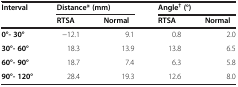
<table><thead><tr><td rowspan="2"><b>Interval</b></td><td colspan="2"><b>Distance* (mm)</b></td><td colspan="2"><b>Angle<sup>†</sup>(°)</b></td></tr><tr><td><b>RTSA</b></td><td><b>Normal</b></td><td><b>RTSA</b></td><td><b>Normal</b></td></tr></thead><tbody><tr><td><b>0°- 30°</b></td><td>−12.1</td><td>9.1</td><td>0.8</td><td>2.0</td></tr><tr><td><b>30°- 60°</b></td><td>18.3</td><td>13.9</td><td>13.8</td><td>6.5</td></tr><tr><td><b>60°- 90°</b></td><td>18.7</td><td>7.4</td><td>6.3</td><td>5.8</td></tr><tr><td><b>90°- 120°</b></td><td>28.4</td><td>19.3</td><td>12.6</td><td>8.0</td></tr></tbody></table>